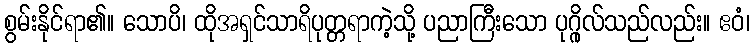
စွမ်းနိုင်ရာ၏။ သောပိ၊ ထိုအရှင်သာရိပုတ္တရာကဲ့သို့ ပညာကြီးသော ပုဂ္ဂိုလ်သည်လည်း။ ဧဝံ၊